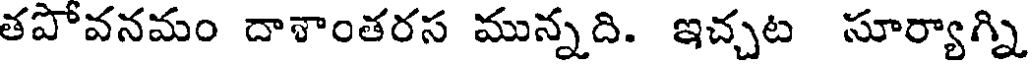
తపోవనమం దాశాంతరస మున్నది. ఇచ్చట సూర్యాగ్ని